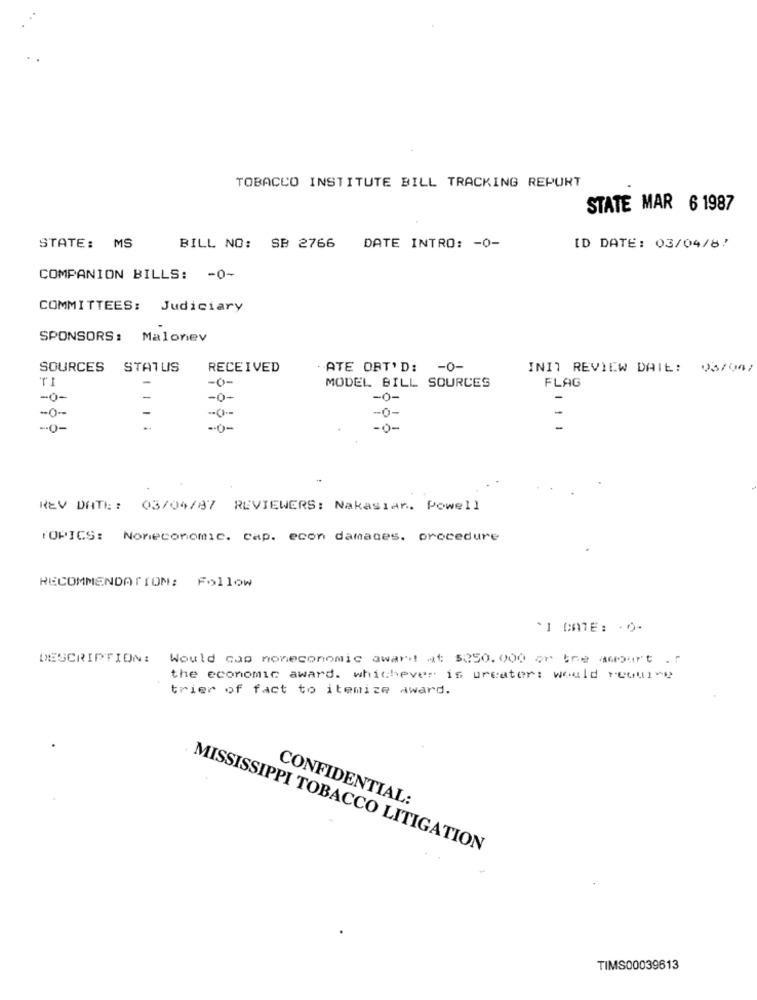
TOBACCO INSTITUTE BILL TRACKING REPORT
STATE MAR 6 1987
STATE: MS
BILL NO: SB 2766
DATE INTRO: - 0-
ID DATE: 03/04/87
COMPANION BILLS: - 0-
COMMITTEES: Judiciary
SPONSORS: Malonev
SOURCES
STATUS
RECEIVED
· ATE ORT'D: - 0-
INIT REVIEW DAIL: 03/04/
-
-O-
MODEL BILL SOURCES
FLAG
-0-
-0-
-0-
-
-o-
-0-
-0-
REV DATE: 03/04/87 REVIEWERS: Nakasian. Powell
TOPICS: Noneconomic. cap. econ damages. procedure
RECOMMENDATION: Follow
*] DATE: - O-
DESCRIPTION: Would cao noneconomic award at $250.000 or Ine amourt .r
the economic award. whichever is ureator: would require
trier of fact to itemize award.
CONFIDENTIAL:
MISSISSIPPI TOBACCO LITIGATION
TIMS00039613